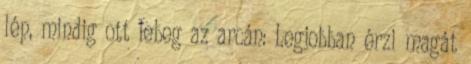
lép, mindig ott lebeg az arcán: Legjobban érzi magát